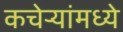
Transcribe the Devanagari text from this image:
कचेऱ्यांमध्ये